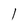
Character: l